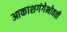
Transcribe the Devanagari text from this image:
आकाशगंगेभोवती